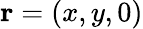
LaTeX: \mathbf{r}=(x,y,0)